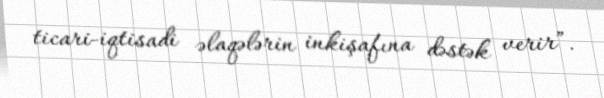
ticari-iqtisadi əlaqələrin inkişafına dəstək verir”.